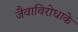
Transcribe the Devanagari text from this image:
जैवाविरोधाके